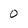
Character: 0